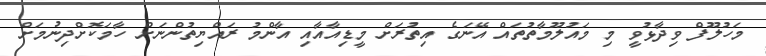
މަހުލޫފް ވިދާޅުވީ މި މައުލޫމާތުތައް އޭނަގެ އިތުރަށް މީޑިއާއާއި އާންމު ރައްޔިތުންނަށް ހާމަކޮށްދިނުމަށް